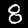
Label: 8